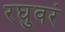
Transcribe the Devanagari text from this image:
रघुवरं